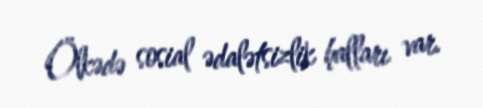
Ölkədə sosial ədalətsizlik halları var.